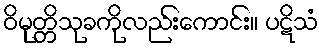
ဝိမုတ္တိသုခကိုလည်းကောင်း။ ပဋိသံ